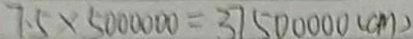
7 . 5 \times 5 0 0 0 0 0 0 = 3 7 5 0 0 0 0 0 ( c m )